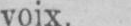
voix.